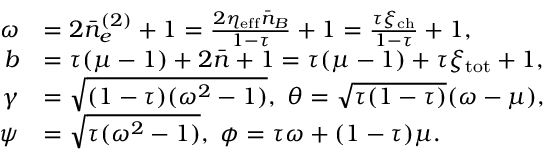
\begin{array} { r l } { \omega } & { = 2 \bar { n } _ { e } ^ { ( 2 ) } + 1 = \frac { 2 \eta _ { \mathrm { e f f } } \bar { n } _ { B } } { 1 - \tau } + 1 = \frac { \tau \xi _ { \mathrm { c h } } } { 1 - \tau } + 1 , } \\ { b } & { = \tau ( \mu - 1 ) + 2 \bar { n } + 1 = \tau ( \mu - 1 ) + \tau \xi _ { \mathrm { t o t } } + 1 , } \\ { \gamma } & { = \sqrt { ( 1 - \tau ) ( \omega ^ { 2 } - 1 ) } , ~ \theta = \sqrt { \tau ( 1 - \tau ) } ( \omega - \mu ) , } \\ { \psi } & { = \sqrt { \tau ( \omega ^ { 2 } - 1 ) } , ~ \phi = \tau \omega + ( 1 - \tau ) \mu . } \end{array}